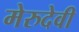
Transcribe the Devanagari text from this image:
मेरुदेवी